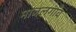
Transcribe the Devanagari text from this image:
माजलगाँव